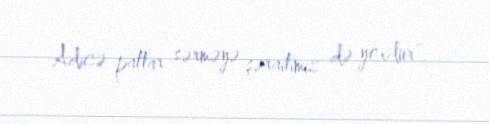
Adicə paltar sərməyə şəraitimiz də yoxdur”.